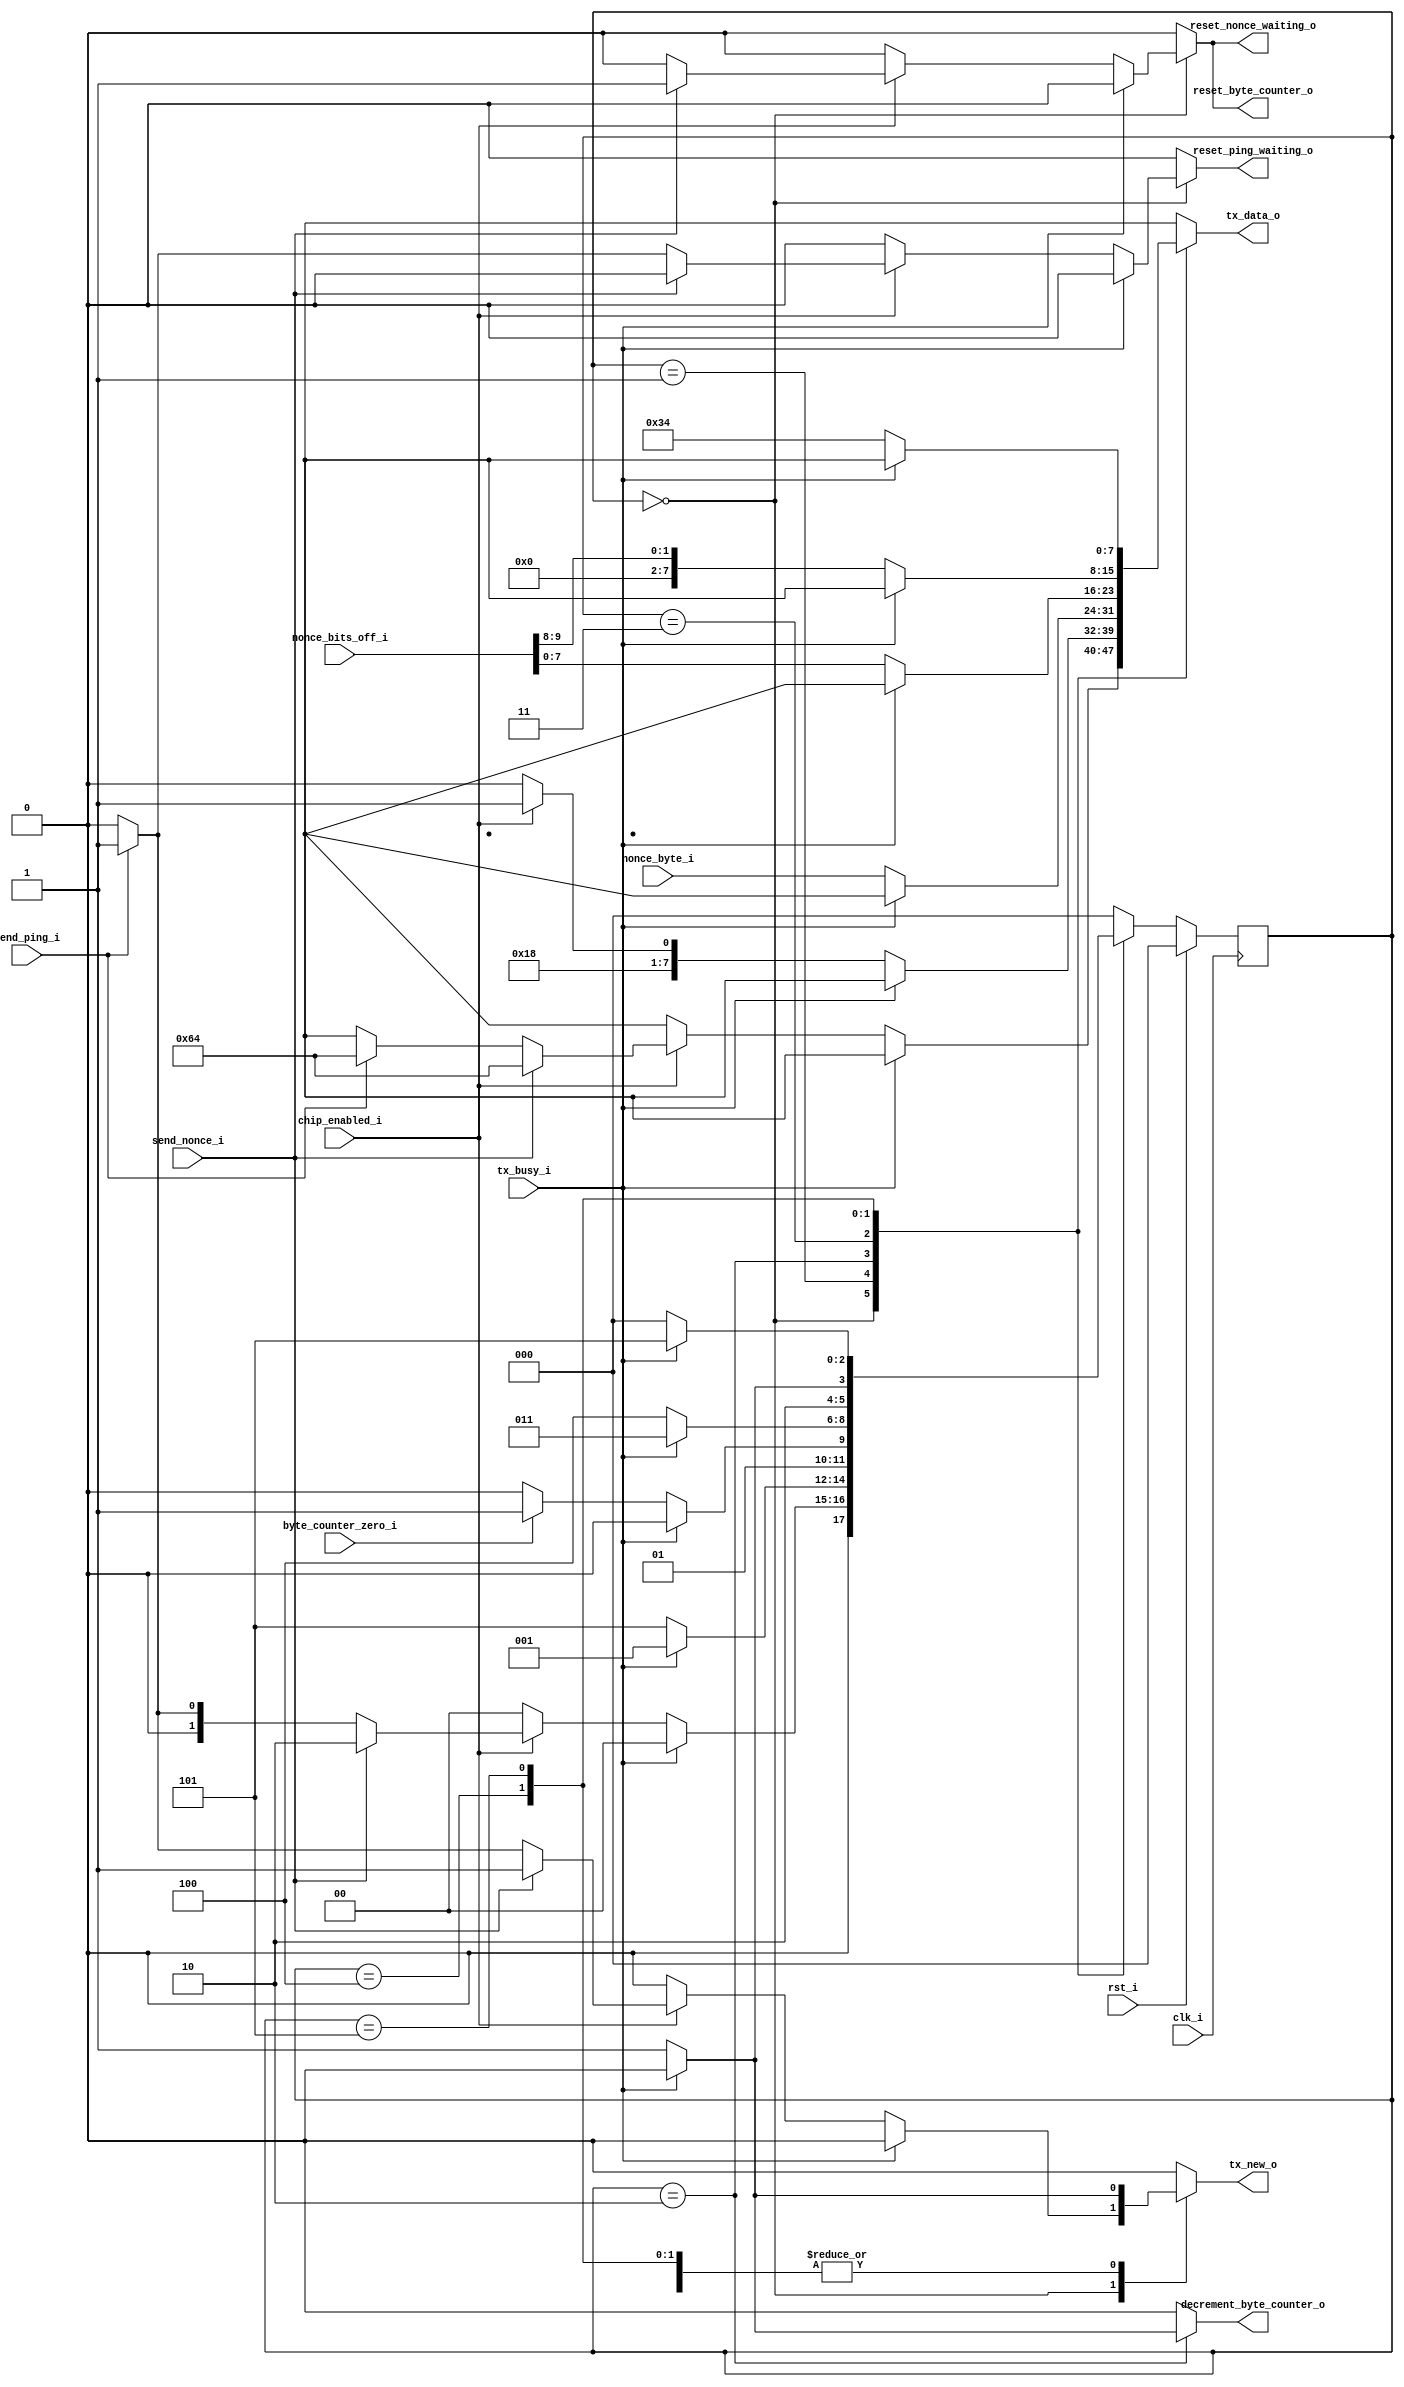
module transmitter (
	input clk_i,
	input rst_i,
	input tx_busy_i,
	input send_nonce_i,
	input send_ping_i,
	input byte_counter_zero_i,
	input chip_enabled_i,
	input [7:0] nonce_byte_i,
	input [9:0] nonce_bits_off_i,

	output reg tx_new_o,
	output reg [7:0] tx_data_o,
	output reg reset_ping_waiting_o,
	output reg reset_nonce_waiting_o,
	output reg reset_byte_counter_o,
	output reg decrement_byte_counter_o
);

reg [2:0] state, nextstate;

localparam	IDLE		= 0,
			SEND_PING	= 1,
			SEND_NONCE	= 2,
			SEND_BITS_OFF_1 = 3,
			SEND_BITS_OFF_2 = 4,
			FOOTER		= 5;

always @(*) begin
	nextstate = IDLE;
	tx_new_o = 1'b0;
	tx_data_o = 8'bxxxxxxxx;
	reset_ping_waiting_o = 1'b0;
	reset_nonce_waiting_o = 1'b0;
	reset_byte_counter_o = 1'b0;
	decrement_byte_counter_o = 1'b0;

	case (state)
		IDLE:
		if (tx_busy_i) begin
			nextstate = IDLE;
		end else begin
			if (chip_enabled_i) begin
				if (send_nonce_i) begin
					nextstate = SEND_NONCE;
					reset_nonce_waiting_o = 1'b1;
					reset_byte_counter_o = 1'b1;
					tx_new_o = 1'b1;
					tx_data_o = 8'd100;
				end else begin
					if (send_ping_i) begin
						nextstate = SEND_PING;
						reset_ping_waiting_o = 1'b1;
						tx_new_o = 1'b1;
						tx_data_o = 8'd100;
					end else begin
						nextstate = IDLE;
					end
				end
			end
		end

		SEND_PING:
		if (tx_busy_i) begin
			nextstate = SEND_PING;
		end else begin
			nextstate = FOOTER;
			tx_new_o = 1'b1;
			if (chip_enabled_i)
				tx_data_o = 8'd49;
			else
				tx_data_o = 8'd48;
		end

		SEND_NONCE:
		if (tx_busy_i) begin
			nextstate = SEND_NONCE;
		end else begin
			decrement_byte_counter_o = 1'b1;
			tx_new_o = 1'b1;
			tx_data_o = nonce_byte_i;
			if (byte_counter_zero_i)
				nextstate = SEND_BITS_OFF_1;
			else
				nextstate = SEND_NONCE;
		end

		SEND_BITS_OFF_1:
		if (tx_busy_i) begin
			nextstate = SEND_BITS_OFF_1;
		end else begin
			tx_new_o = 1'b1;
			tx_data_o = nonce_bits_off_i[7:0];
			nextstate = SEND_BITS_OFF_2;
		end

		SEND_BITS_OFF_2:
		if (tx_busy_i) begin
			nextstate = SEND_BITS_OFF_2;
		end else begin
			tx_new_o = 1'b1;
			tx_data_o = {6'b000000, nonce_bits_off_i[9:8]};
			nextstate = FOOTER;
		end

		FOOTER:
		if (tx_busy_i) begin
			nextstate = FOOTER;
		end else begin
			nextstate = IDLE;
			tx_new_o = 1'b1;
			tx_data_o = 8'd52;
		end
	endcase
end

always @(posedge clk_i) begin
	if (rst_i) begin
		state <= IDLE;
	end else begin
		state <= nextstate;
	end
end

endmodule